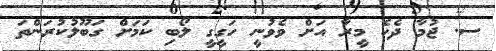
ސ. ޖުމާ ދެކެ މީރާ އަށް ވެވުނީ ހަގީގީ ލޯބި ކަމަށް ގަބޫލުކުރަންތަ